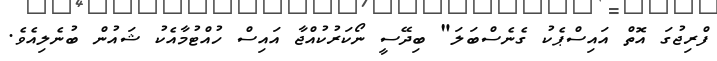
ފްރިޖުގަ އޮތް އައިސްޕެކު ގެނެސްބަލަ" ބިދޭސީ ނޯކަރުކުއްޖާ އައިސް ހުއްޓުމާއެކު ޝައުން ބުނެލިއެވެ.